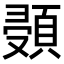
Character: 𩒸